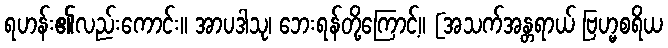
ရဟန်း၏လည်းကောင်း။ အာပဒါသု၊ ဘေးရန်တို့ကြောင့်။ [အသက်အန္တရာယ် ဗြဟ္မစရိယ